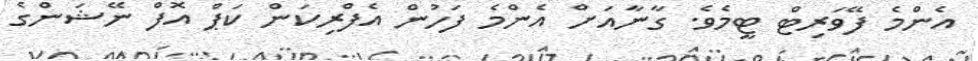
އެންމެ ފޭވަރިޓް ޓީމެވެ. ގާނާއަށް އެންމެ ފަހުން އެފްރިކަން ކަޕް އޮފް ނޭޝަންގެ